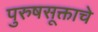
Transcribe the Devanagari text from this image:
पुरुषसूक्ताचे